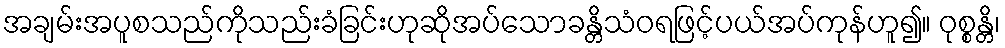
အချမ်းအပူစသည်ကိုသည်းခံခြင်းဟုဆိုအပ်သောခန္တိသံဝရဖြင့်ပယ်အပ်ကုန်ဟူ၍။ ဝုစ္စန္တိ၊